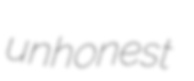
unhonest